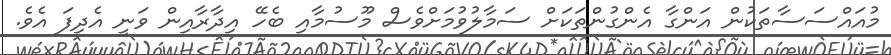
މުއައްސަސާތަކުން އަންގާ އެންގުންތަކަށް ސަމާލުވުމަށްވެސް މޫސުމާއި ބެހޭ އިދާރާއިން ވަނީ އެދިފަ އެވެ.